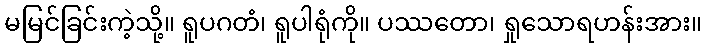
မမြင်ခြင်းကဲ့သို့။ ရူပဂတံ၊ ရူပါရုံကို။ ပဿတော၊ ရှုသောရဟန်းအား။